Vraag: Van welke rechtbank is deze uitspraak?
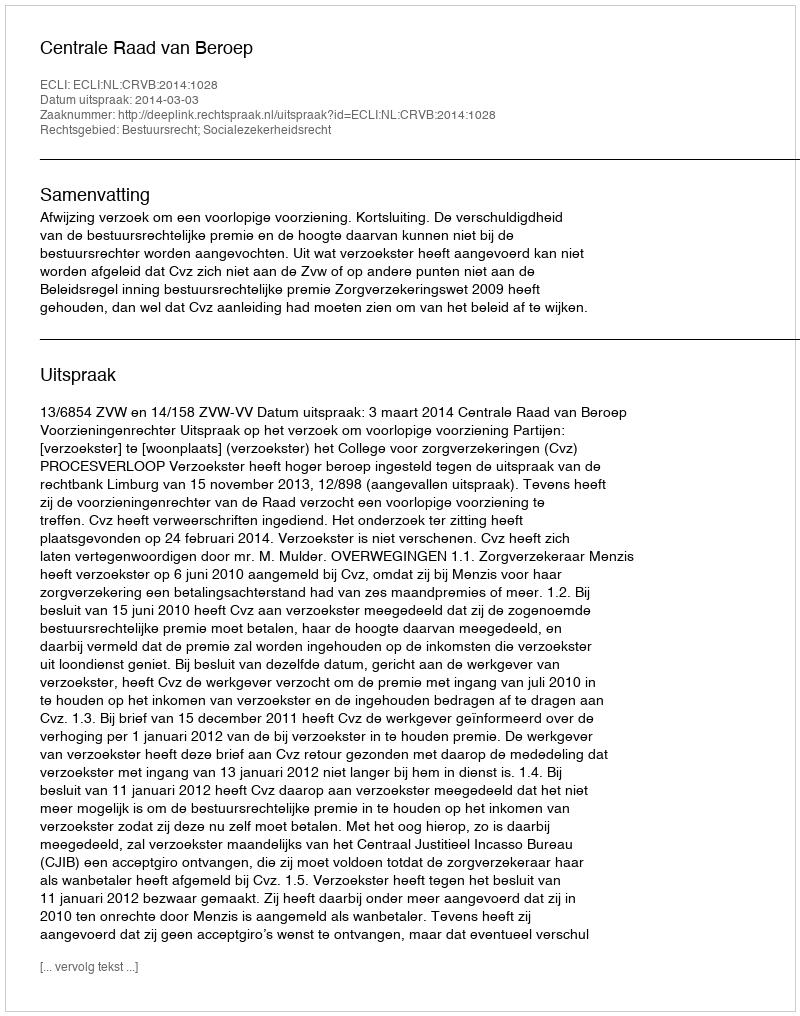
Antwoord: Centrale Raad van Beroep